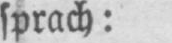
sprach: